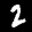
Label: 2